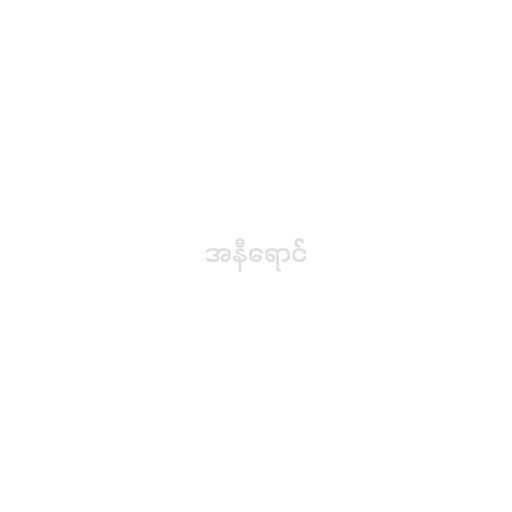
အနီရောင်